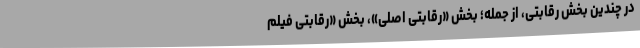
در چندین بخش رقابتی، از جمله؛ بخش «رقابتی اصلی»، بخش «رقابتی فیلم